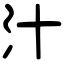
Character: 汁